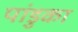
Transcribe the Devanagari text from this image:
पांडुका